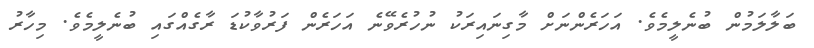
ބަލާލަމުން ބުނެލީމެވެ. އަހަރެންނަށް މާގިނައިރަކު ނުހުރެވޭނެ އަހަރެން ފަރުވާކުޑަ ރާގެއްގައި ބުނެލީމެވެ. މިހާރު